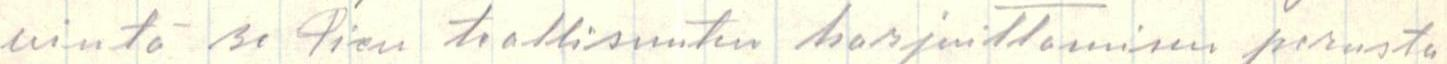
vintä se Pien tiallisuuten harjoittamisen perusta